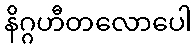
နိဂ္ဂဟီတလောပေါ